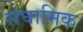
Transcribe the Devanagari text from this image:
संघामिक